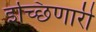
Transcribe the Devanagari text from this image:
इच्छिणारी